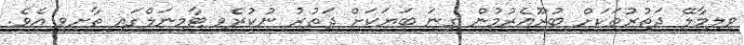
ވިލިމާލޭ ދަތުރުތަކަށް ބުރޫއެރުމުން ގިނަ ބަޔަކަށް ދަތުރު ނުކުރެވި ޓާމިނަލްގައި ތާށިވި އެވެ.